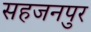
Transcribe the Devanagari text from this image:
सहजनपुर